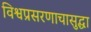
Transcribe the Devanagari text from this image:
विश्वप्रसरणाचासुद्धा